Annual report of the Central Committee of the Association together with the report of the directors of the Pasteur Institute at Kasauli
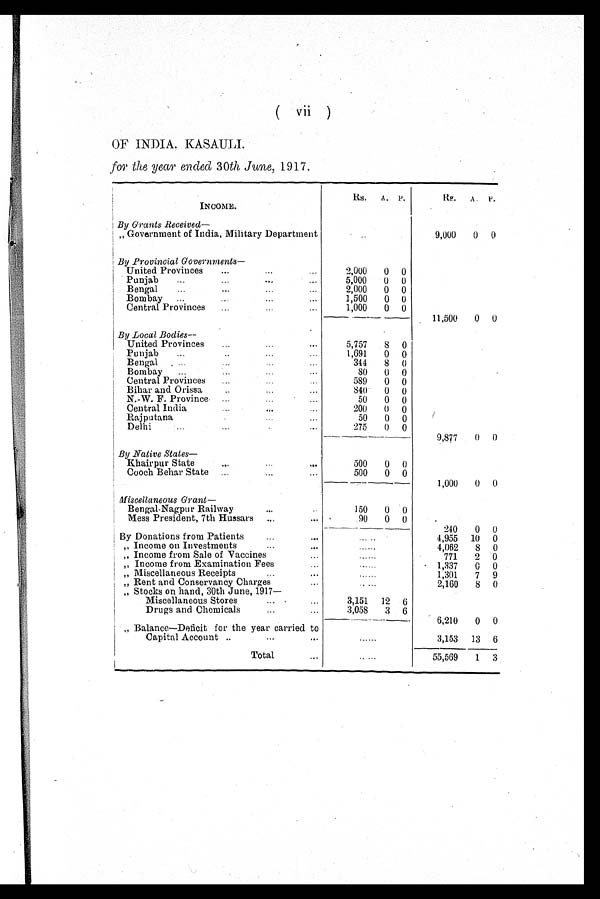
(
vii )
OF INDIA, KASAULI.
for the year ended 30th June, 1917.
INCOME.
Rs.
A. P.
Rs.
A.
P.
By Grants Received
—
„ Government of India, Military Department
..
9,000
0
0
By Provincial Governments
United Provinces
2 , 0 0 0 0
0
Punjab
5 , 0 0 0 0
0
Bengal
2,000
0
0
Bombay
1,500
0
0
Central Provinces
1,000
0
0
11,500
0
0
By Local Bodies
—
United Provinces
5,757
8
0
Punjab
1,691
0
0
Bengal
344
8
0
Bombay
8 0
0
0
Central Provinces
589
0
0
Bihar and Orissa
8 4 0
0
0
N.-W. F. Province
50
0
0
Central India
200
0
0
Rajputana
50
0
0
Delhi
275
0
0
9,877
0
0
_
By Native States
—
Khairpur State
500
0
0
Cooch Behar State
500
0
0
1,000
0
0
Miscellaneous Grant
—
Bengal-Nagpur Railway
150
0
0
Mess President, 7th Hussars
90
0
0
240
0
0
.....
By Donations from Patients
4,955
10
0
„ Income on Investments
.....
4,062
8
0
Income from Sale of Vaccines
.....
771
2
0
Income from Examination Fees
.....
1,337
0
0
„Miscellaneous Receipts
.....
1 . 3 0 1
7
9
„ Rent and Conservancy Charges
. . . . .
2,160
8
0
„ Stocks on hand, 30th June, 1917—
Miscellaneous Stores
3 , 1 5 1 12
6
Drugs and Chemicals
3 , 0 5 8 3
6
6,210
0
0
„ Balance—Deficit for the year carried to
Capital Account
. . . . .
3,153
13
6
Total
. . . . .
5 5 , 5 6 9 1
3